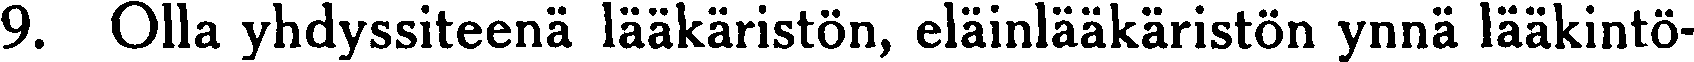
9. Olla yhdyssiteenä lääkäristön, eläinlääkäristön ynnä lääkintö-